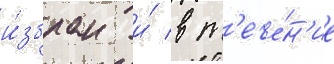
и́збран и́ в т'ече́н'ие